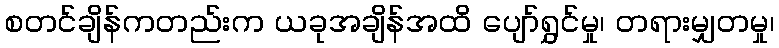
စတင်ချိန်ကတည်းက ယခုအချိန်အထိ ပျော်ရွှင်မှု၊ တရားမျှတမှု၊